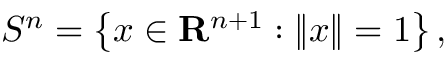
S ^ { n } = \left\{ x \in \mathbf { R } ^ { n + 1 } : \left\| x \right\| = 1 \right\} ,